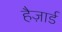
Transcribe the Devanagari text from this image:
हैज़ार्ड